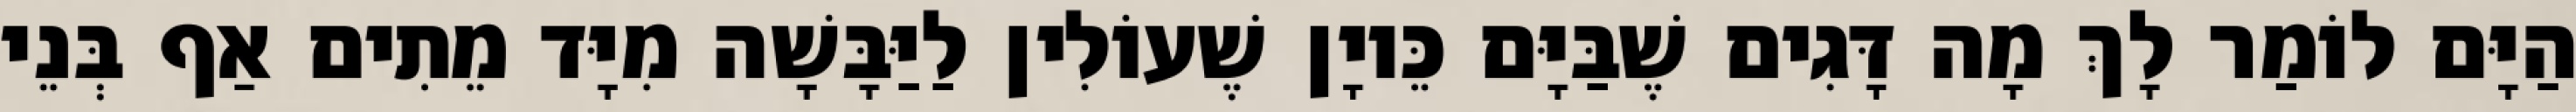
הַיָּם לוֹמַר לָךְ מָה דָּגִים שֶׁבַּיָּם כֵּיוָן שֶׁעוֹלִין לַיַּבָּשָׁה מִיָּד מֵתִים אַף בְּנֵי